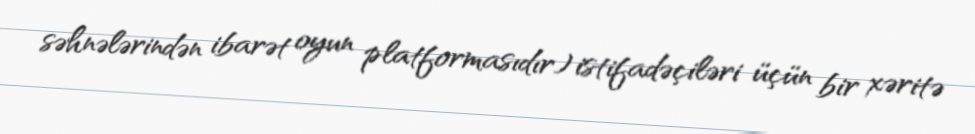
səhnələrindən ibarət oyun platformasıdır) istifadəçiləri üçün bir xəritə